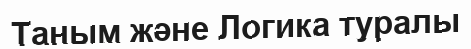
Таным және Логика туралы